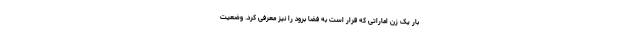
بار یک زن اماراتی که قرار است به فضا برود را نیز معرفی کرد. وضعیت